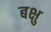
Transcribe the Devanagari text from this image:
बक्षु